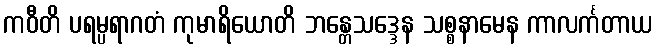
ကဝီတိ ပရမ္ပရာဂတံ ကုမာရိယောတိ ဘန္တေသဒ္ဒေန သစ္စနာမေန ကာလင်္ကတာယ